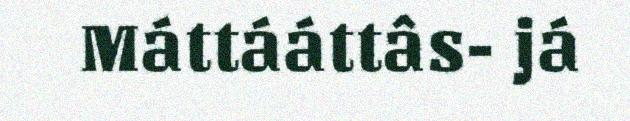
Máttááttâs- já